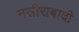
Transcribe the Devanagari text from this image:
नसीराबादी